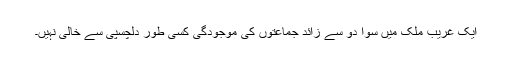
ایک غریب ملک میں سوا دو سے زائد جماعتوں کی موجودگی کسی طور دلچسپی سے خالی نہیں۔